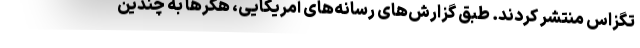
تگزاس منتشر کردند. طبق گزارش‌های رسانه‌های آمریکایی، هکرها به چندین